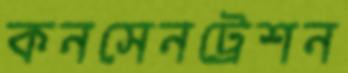
কনসেনট্রেশন